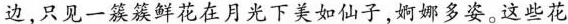
边，只见一簇簇鲜花在月光下美如仙子，婀娜多姿。这些花